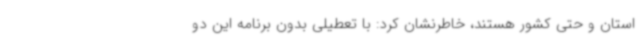
استان و حتی کشور هستند، خاطرنشان کرد: با تعطیلی بدون برنامه این دو